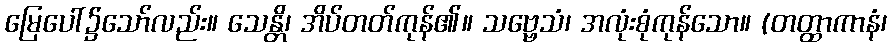
မြေပေါ်၌သော်လည်း။ သေန္တိ၊ အိပ်တတ်ကုန်၏။ သဗ္ဗေသံ၊ အလုံးစုံကုန်သော။ (တတ္ထာကာနံ၊